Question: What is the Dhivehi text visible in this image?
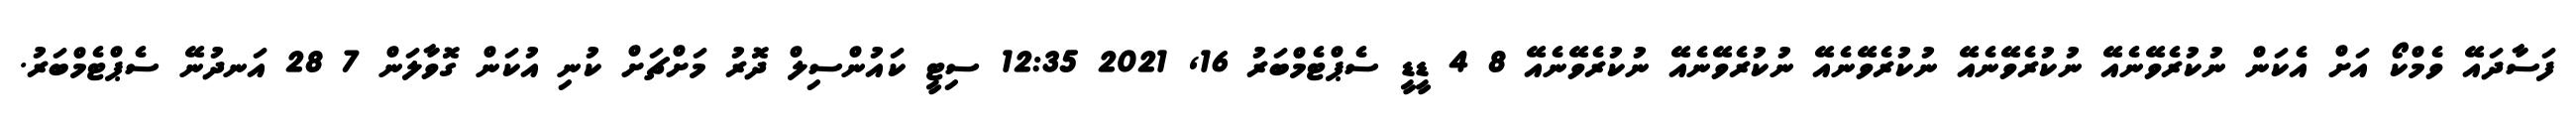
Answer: ފަސާދައޭ ވެމްކޯ އަށް އެކަން ނުކުރެވޭނެއޭ ނުކުރެވޭނެއޭ ނުކުރެވޭނެއޭ ނުކުރެވޭނެއޭ ނުކުރެވޭނެއޭ 8 4 ޑީޑީ ސެޕްޓެމްބަރު 16, 2021 12:35 ސިޓީ ކައުންސިލް ދޮރު މަށްޗަށް ކުނި އުކަން ގޮވާލަން 7 28 އަނދުނޭ ސެޕްޓެމްބަރު.